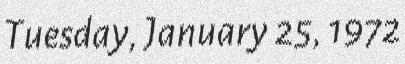
Tuesday, January 25, 1972